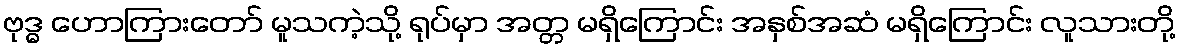
ဗုဒ္ဓ ဟောကြားတော် မူသကဲ့သို့ ရုပ်မှာ အတ္တ မရှိကြောင်း အနှစ်အဆံ မရှိကြောင်း လူသားတို့